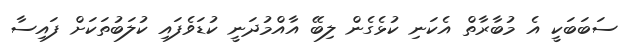
ސަބަބަކީ އެ މުބާރާތް އެކަނި ކުޅެގެން ލިބޭ އާއްމުދަނީ ކުޑަވެފައި ކުލަބުތަކަށް ފައިސާ